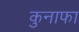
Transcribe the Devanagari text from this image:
कुनाफा